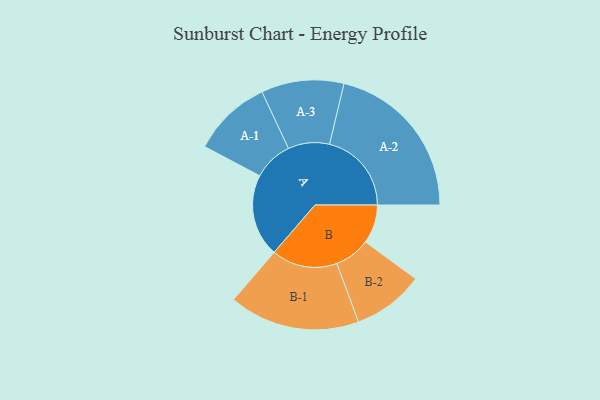
{"axis": {"x": "Segment", "y": "Value"}, "legend": ["", "A", "B"], "data": [{"x": "A", "y": 296, "type": ""}, {"x": "B", "y": 139, "type": ""}, {"x": "A-1", "y": 142, "type": "A"}, {"x": "A-2", "y": 294, "type": "A"}, {"x": "A-3", "y": 148, "type": "A"}, {"x": "B-1", "y": 235, "type": "B"}, {"x": "B-2", "y": 128, "type": "B"}]}